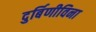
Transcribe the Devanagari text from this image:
दुर्बिणीविना